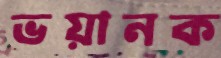
ভয়ানক